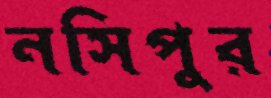
নসিপুর